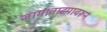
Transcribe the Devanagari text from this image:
जागावाटपावरून